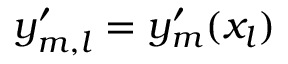
y _ { m , l } ^ { \prime } = y _ { m } ^ { \prime } ( x _ { l } )